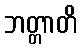
ဘတ္တာတိ